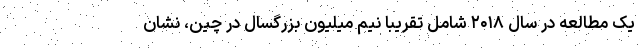
یک مطالعه در سال ۲۰۱۸ شامل تقریباً نیم میلیون بزرگسال در چین، نشان